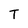
Character: T